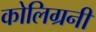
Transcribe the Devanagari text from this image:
कोलिग्रनी